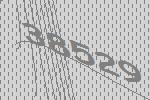
38529